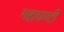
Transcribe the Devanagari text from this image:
महाघण्टी